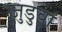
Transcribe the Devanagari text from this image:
जुडुवां